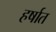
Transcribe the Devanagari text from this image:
हर्षात